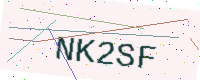
Text: NK2SF